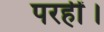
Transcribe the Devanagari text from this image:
परहीं।